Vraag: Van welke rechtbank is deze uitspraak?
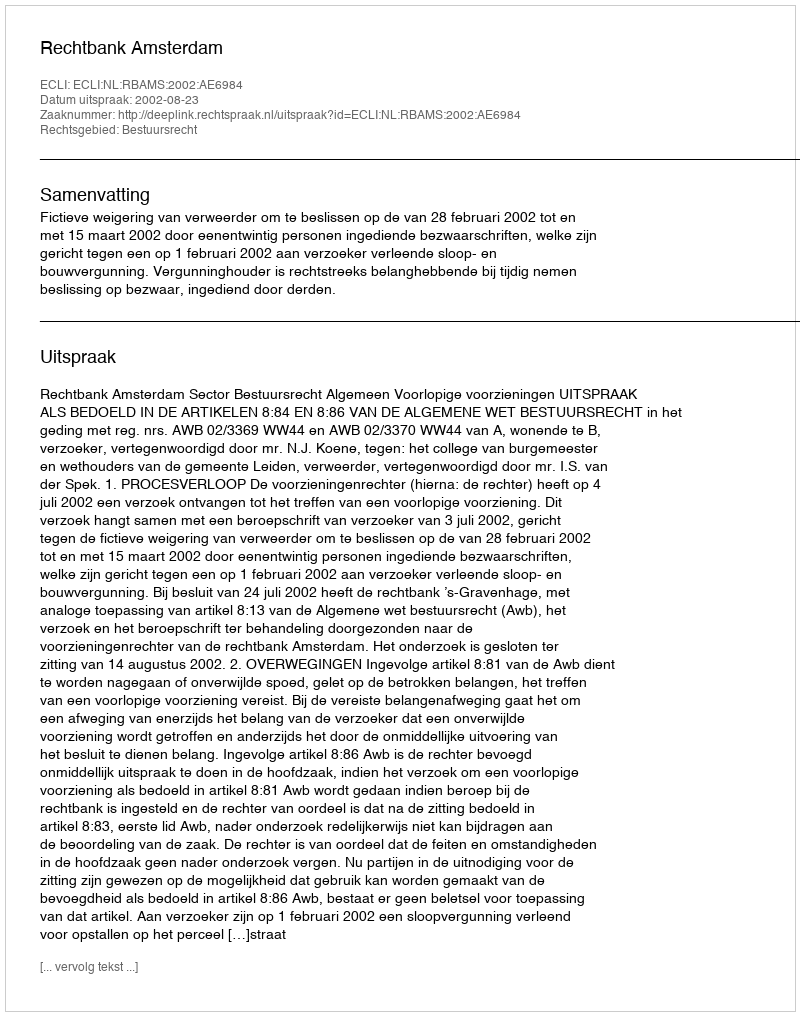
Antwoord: Rechtbank Amsterdam